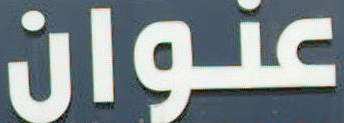
عنوان